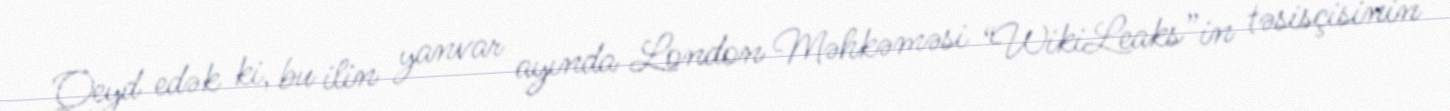
Qeyd edək ki, bu ilin yanvar ayında London Məhkəməsi “WikiLeaks”in təsisçisinin